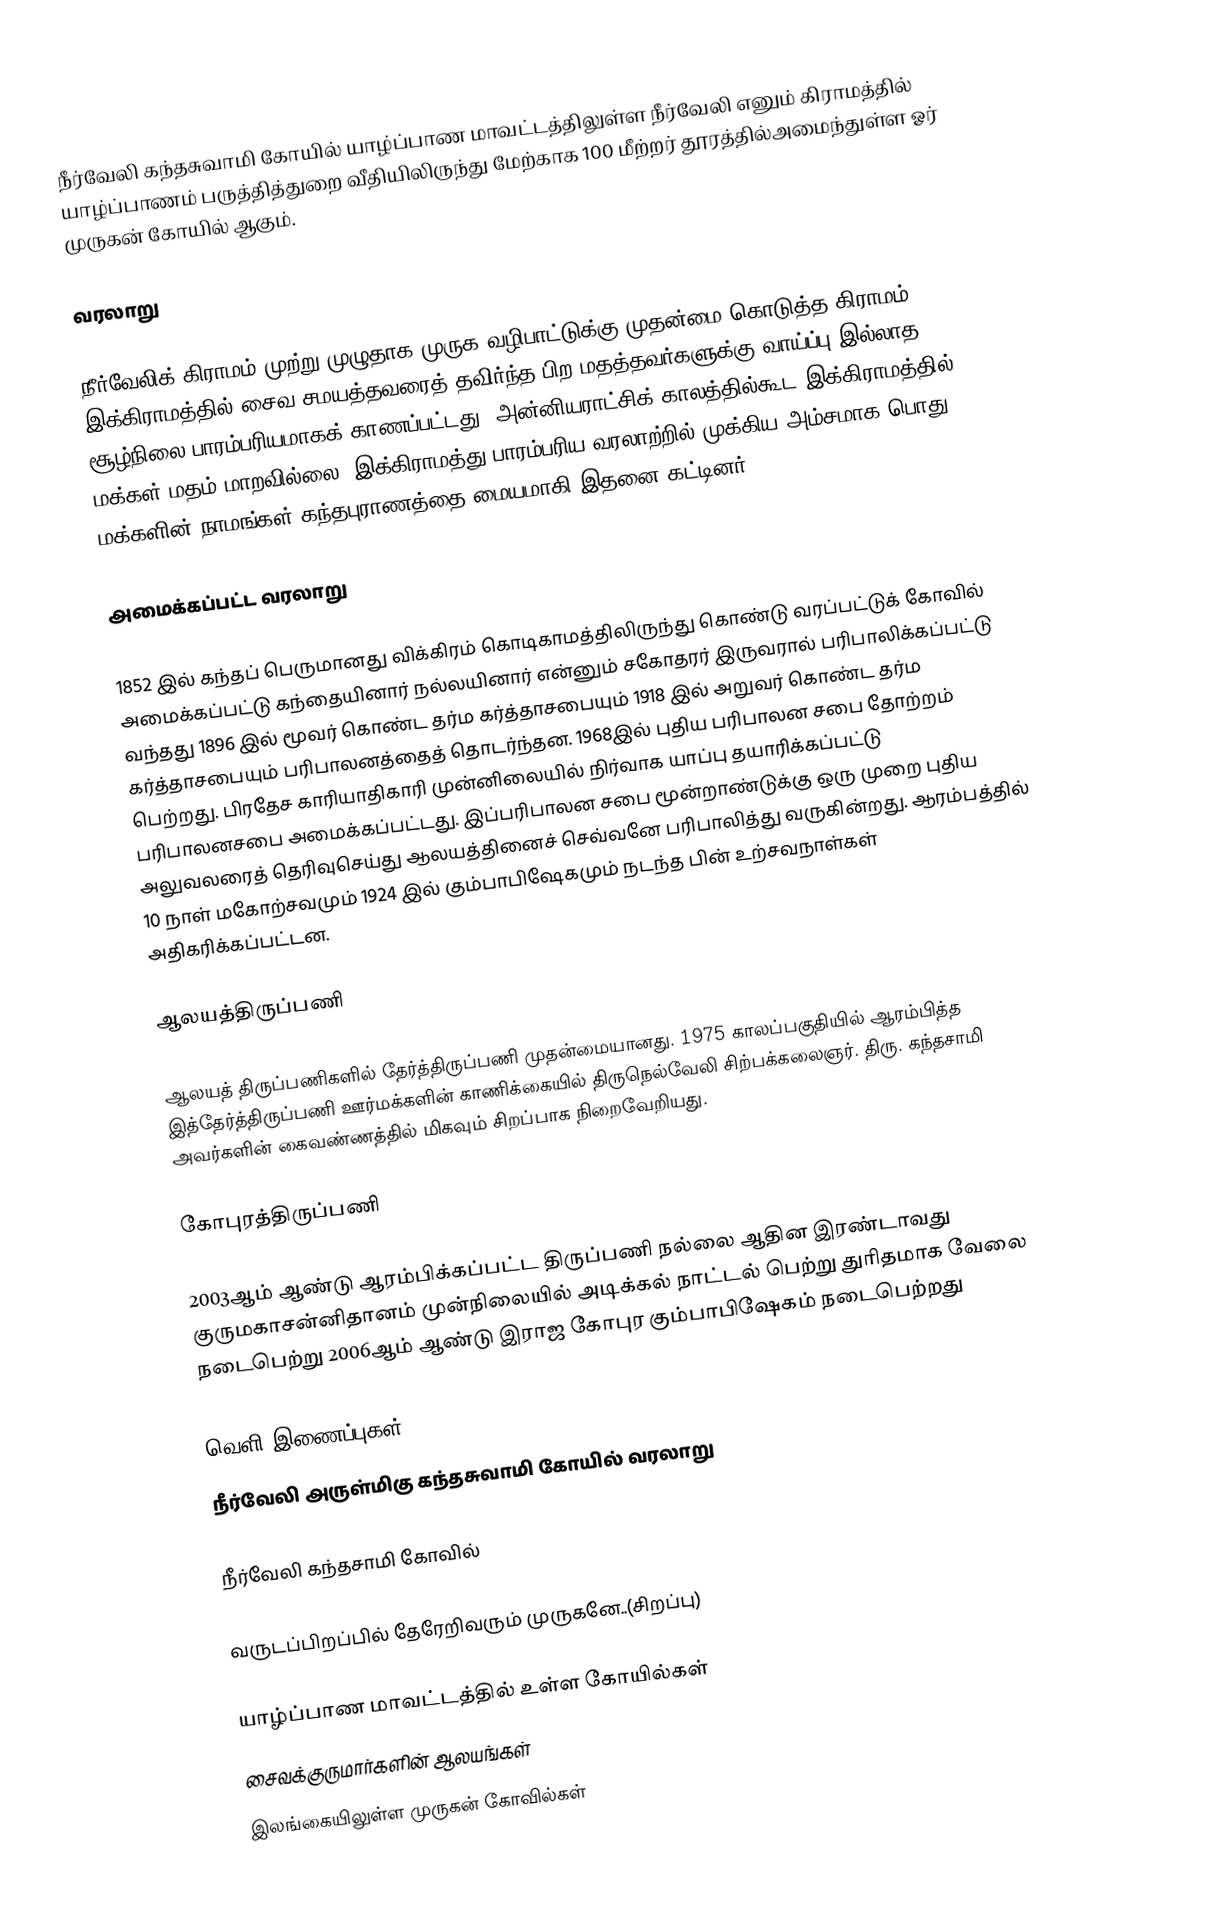
நீர்வேலி கந்தசுவாமி கோயில் யாழ்ப்பாண மாவட்டத்திலுள்ள நீர்வேலி எனும் கிராமத்தில் யாழ்ப்பாணம் பருத்தித்துறை வீதியிலிருந்து மேற்காக 100 மீற்றர் தூரத்தில்அமைந்துள்ள ஓர் முருகன் கோயில் ஆகும்.

வரலாறு

நீர்வேலிக் கிராமம் முற்று முழுதாக முருக வழிபாட்டுக்கு முதன்மை கொடுத்த கிராமம். இக்கிராமத்தில் சைவ சமயத்தவரைத் தவிர்ந்த பிற மதத்தவர்களுக்கு வாய்ப்பு இல்லாத சூழ்நிலை பாரம்பரியமாகக் காணப்பட்டது. அன்னியராட்சிக் காலத்தில்கூட இக்கிராமத்தில் மக்கள் மதம் மாறவில்லை. இக்கிராமத்து பாரம்பரிய வரலாற்றில் முக்கிய அம்சமாக பொது மக்களின் நாமங்கள் கந்தபுராணத்தை மையமாகி இதனை கட்டினர்

அமைக்கப்பட்ட வரலாறு

1852 இல் கந்தப் பெருமானது விக்கிரம் கொடிகாமத்திலிருந்து கொண்டு வரப்பட்டுக் கோவில் அமைக்கப்பட்டு கந்தையினார் நல்லயினார் என்னும் சகோதரர் இருவரால் பரிபாலிக்கப்பட்டு வந்தது 1896 இல் மூவர் கொண்ட தர்ம கர்த்தாசபையும் 1918 இல் அறுவர் கொண்ட தர்ம கர்த்தாசபையும் பரிபாலனத்தைத் தொடர்ந்தன. 1968இல் புதிய பரிபாலன சபை தோற்றம் பெற்றது. பிரதேச காரியாதிகாரி முன்னிலையில் நிர்வாக யாப்பு தயாரிக்கப்பட்டு பரிபாலனசபை அமைக்கப்பட்டது. இப்பரிபாலன சபை மூன்றாண்டுக்கு ஒரு முறை புதிய அலுவலரைத் தெரிவுசெய்து ஆலயத்தினைச் செவ்வனே பரிபாலித்து வருகின்றது. ஆரம்பத்தில் 10 நாள் மகோற்சவமும் 1924 இல் கும்பாபிஷேகமும் நடந்த பின் உற்சவநாள்கள் அதிகரிக்கப்பட்டன.

ஆலயத்திருப்பணி

ஆலயத் திருப்பணிகளில் தேர்த்திருப்பணி முதன்மையானது. 1975 காலப்பகுதியில் ஆரம்பித்த இத்தேர்த்திருப்பணி ஊர்மக்களின் காணிக்கையில் திருநெல்வேலி சிற்பக்கலைஞர். திரு. கந்தசாமி அவர்களின் கைவண்ணத்தில் மிகவும் சிறப்பாக நிறைவேறியது.

கோபுரத்திருப்பணி

2003ஆம் ஆண்டு ஆரம்பிக்கப்பட்ட திருப்பணி நல்லை ஆதின இரண்டாவது குருமகாசன்னிதானம் முன்நிலையில் அடிக்கல் நாட்டல் பெற்று துரிதமாக வேலை நடைபெற்று 2006ஆம் ஆண்டு இராஜ கோபுர கும்பாபிஷேகம் நடைபெற்றது

வெளி இணைப்புகள்
நீர்வேலி அருள்மிகு கந்தசுவாமி கோயில் வரலாறு

நீர்வேலி கந்தசாமி கோவில்

வருடப்பிறப்பில் தேரேறிவரும் முருகனே..(சிறப்பு)

யாழ்ப்பாண மாவட்டத்தில் உள்ள கோயில்கள்
சைவக்குருமார்களின் ஆலயங்கள்
இலங்கையிலுள்ள முருகன் கோவில்கள்